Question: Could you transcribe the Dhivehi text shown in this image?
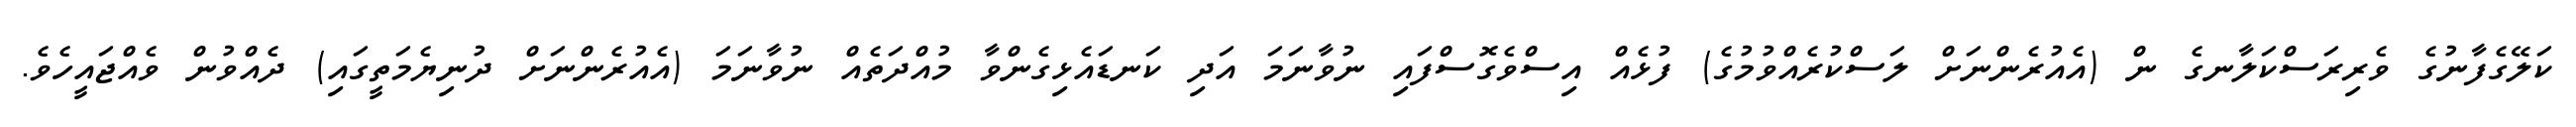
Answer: ކަލޭގެފާނުގެ ވެރިރަސްކަލާނގެ ން (އެއުރެންނަށް ލަސްކުރެއްވުމުގެ) ފުޅެއް އިސްވެގޮސްފައި ނުވާނަމަ އަދި ކަނޑައެޅިގެންވާ މުއްދަތެއް ނުވާނަމަ (އެއުރެންނަށް ދުނިޔެމަތީގައި) ދެއްވުން ވެއްޖައީހެވެ.